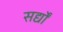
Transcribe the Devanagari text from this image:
सर्द्यों